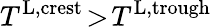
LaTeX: T^{\textnormal{L,crest}}\! >\! T^{\textnormal{L,trough}}